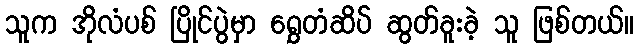
သူက အိုလံပစ် ပြိုင်ပွဲမှာ ရွှေတံဆိပ် ဆွတ်ခူးခဲ့ သူ ဖြစ်တယ်။